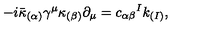
- i \bar { \kappa } _ { ( \alpha ) } \gamma ^ { \mu } \kappa _ { ( \beta ) } \partial _ { \mu } = c _ { \alpha \beta } { } ^ { I } k _ { ( I ) } ,